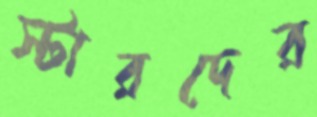
স্টারদের